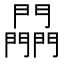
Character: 𨷮